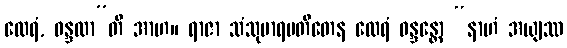
ထေရံ, ဝန္ဒထာ”တိ အာဟ။ ရာဇာ သံသုမာရပတိတေန ထေရံ ဝန္ဒန္တော “နာဟံ အယျဿ